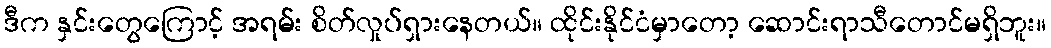
ဒီက နှင်းတွေကြောင့် အရမ်း စိတ်လှုပ်ရှားနေတယ်။ ထိုင်းနိုင်ငံမှာတော့ ဆောင်းရာသီတောင်မရှိဘူး။